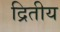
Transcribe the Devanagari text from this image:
द्रितीय